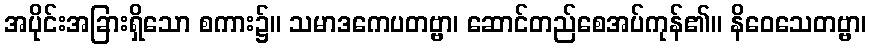
အပိုင်းအခြားရှိသော စကား၌။ သမာဒကေပတဗ္ဗာ၊ ဆောင်တည်စေအပ်ကုန်၏။ နိဝေသေတဗ္ဗာ၊